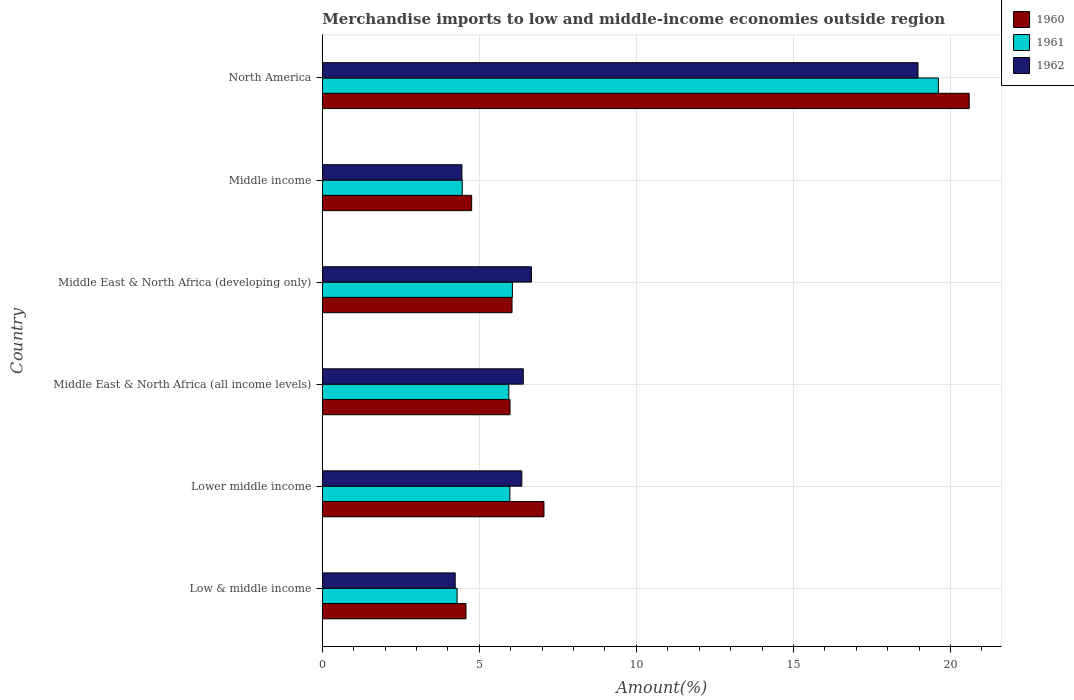
| Country | 1960 | 1961 | 1962 |
 | --- | --- | --- | --- |
 | Low & middle income | 4.57 | 4.29 | 4.23 |
 | Lower middle income | 7.06 | 5.97 | 6.35 |
 | Middle East & North Africa (all income levels) | 5.98 | 5.94 | 6.4 |
 | Middle East & North Africa (developing only) | 6.04 | 6.05 | 6.66 |
 | Middle income | 4.75 | 4.45 | 4.44 |
 | North America | 20.6 | 19.6 | 19 |